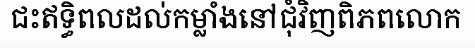
ជះឥទ្ធិពលដល់កម្លាំងនៅជុំវិញពិភពលោក